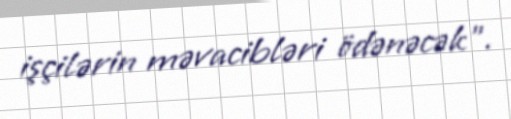
işçilərin məvacibləri ödənəcək".